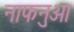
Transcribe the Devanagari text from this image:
नाफनुआ